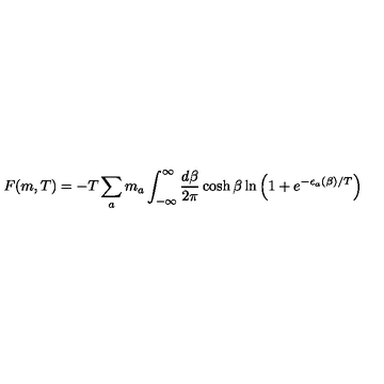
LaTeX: F ( m , T ) = - T \sum _ { a } m _ { a } \int _ { - \infty } ^ { \infty } \frac { d \beta } { 2 \pi } \cosh \beta \ln \left( 1 + e ^ { - \epsilon _ { a } ( \beta ) / T } \right)